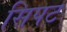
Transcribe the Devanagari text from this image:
सिपट